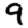
Digit: 9